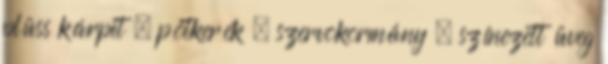
plüss kárpit – pótkerék – szervokormány – színezett üveg